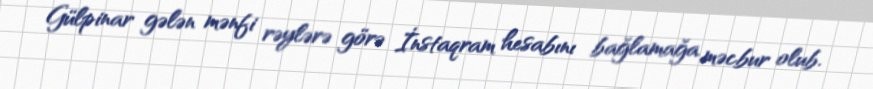
Gülpinar gələn mənfi rəylərə görə İnstaqram hesabını bağlamağa məcbur olub.